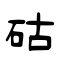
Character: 𥑮